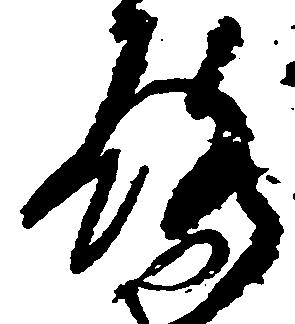
ろ